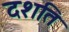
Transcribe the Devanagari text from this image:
दशति